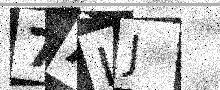
Text: 7AIJ